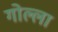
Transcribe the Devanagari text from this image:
गोल्ला